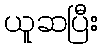
ယူဆပြီး